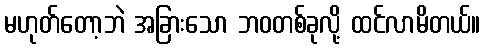
မဟုတ်တော့ဘဲ အခြားသော ဘဝတစ်ခုလို့ ထင်လာမိတယ်။